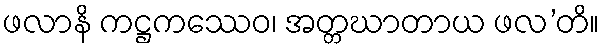
ဖလာနိ ကဋ္ဌကဿေဝ၊ အတ္တဃာတာယ ဖလ’တိ။